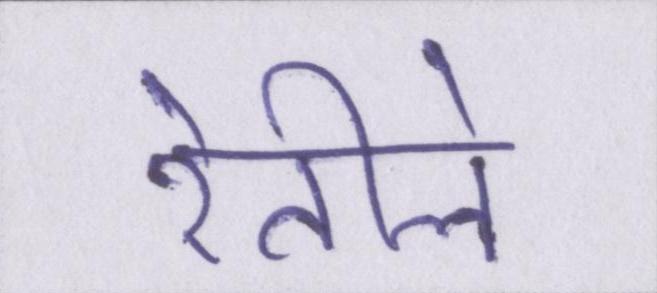
रेतीले